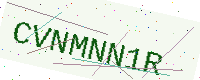
Text: CVNMNN1R